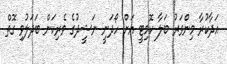
އަދާކުރާ މިންވަރު ބަލާ ކޮމިޓީ އަށް ހޯދަނީ ނަޝީދުގެ ވެރިކަން ބަދަލުވި ގޮތް